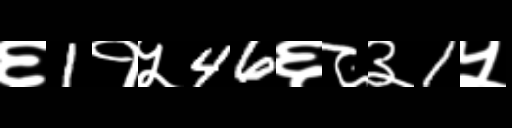
Text: ६1१५46६८३1५